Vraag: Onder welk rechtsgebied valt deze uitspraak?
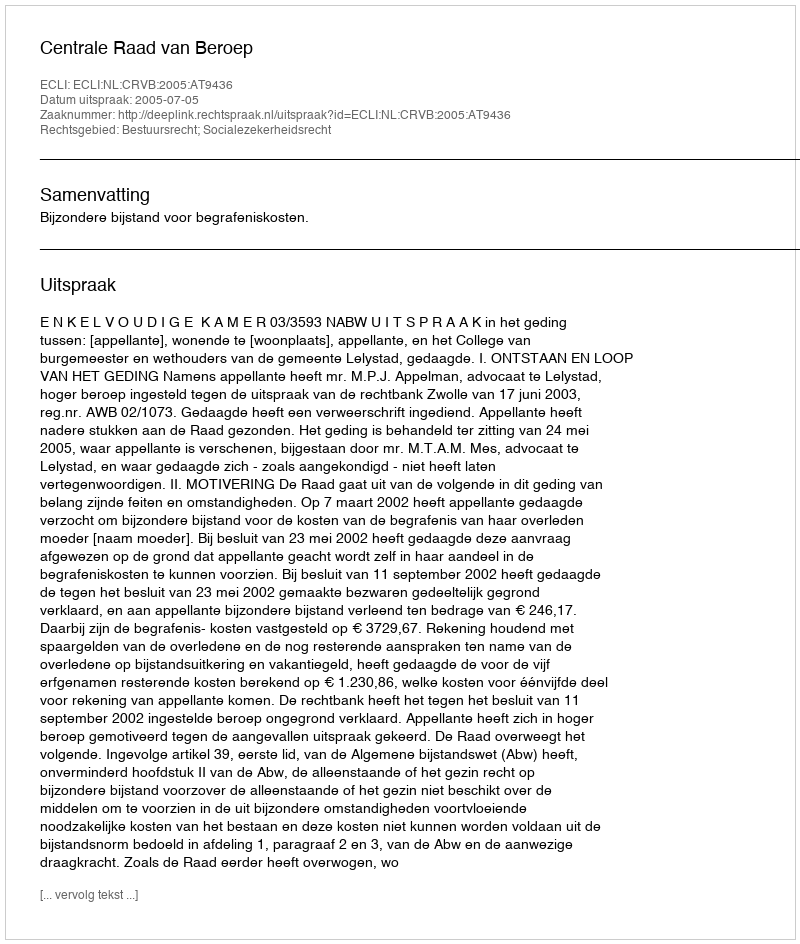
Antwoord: Bestuursrecht; Socialezekerheidsrecht